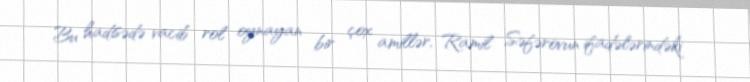
Bu hadisədə vacib rol oynayan bir çox amillər, Ramil Səfərovun ifadələrindəki